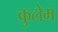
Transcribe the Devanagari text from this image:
कुलेम